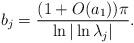
LaTeX: \begin{align*}b_{j}=\frac{(1+O(a_{1}))\pi}{\ln |\ln \lambda_{j}|} .\end{align*}